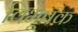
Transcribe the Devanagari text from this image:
विभूषक